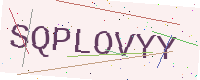
Text: SQPLOVYY